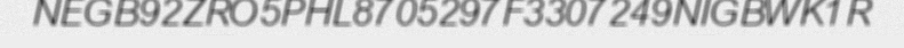
NEGB92ZRO5PHL8705297F3307249NIGBWK1R